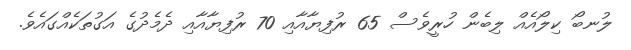
ލުނބޯ ކިލޯއެއް ލިބެން ހުރީވެސް 65 ރުފިޔާއާއި 70 ރުފިޔާއާއި ދެމެދުގެ އަގުތަކެއްގައެވެ.